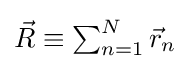
\textstyle {\vec {R}}\equiv \sum _{n=1}^{N}{\vec {r}}_{n}